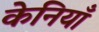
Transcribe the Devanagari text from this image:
केनियाँ